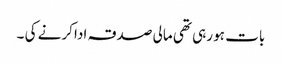
بات ہو رہی تھی مالی صدقہ ادا کرنے کی ۔